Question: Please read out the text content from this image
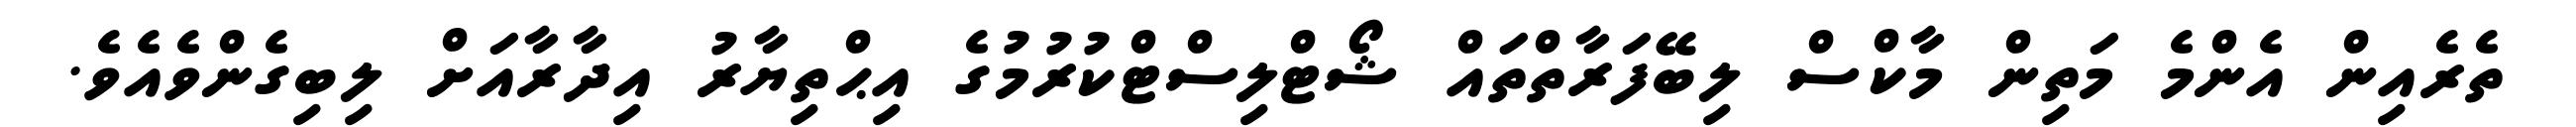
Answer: ތެރެއިން އެންމެ މަތިން މާކްސް ލިބޭފަރާތްތައް ޝޯޓްލިސްޓްކުރުމުގެ އިޙްތިޔާރު އިދާރާއަށް ލިބިގެންވެއެވެ.